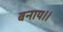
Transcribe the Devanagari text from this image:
बनाय।।